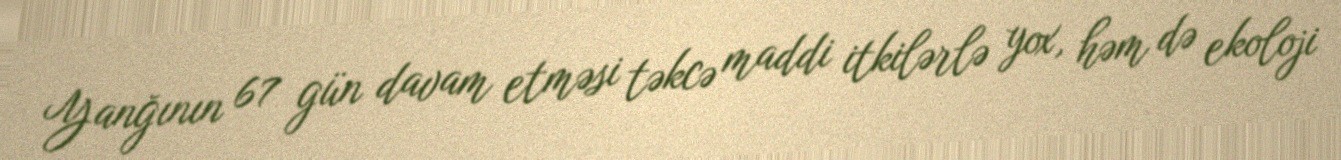
Yanğının 67 gün davam etməsi təkcə maddi itkilərlə yox, həm də ekoloji